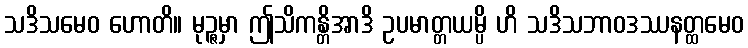
သဒိသမေဝ ဟောတိ။ မုဉ္ဇမှာ ဤသိကန္တိအာဒိ ဥပမာတ္တယမ္ပိ ဟိ သဒိသဘာဝဒဿနတ္ထမေဝ